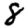
Digit: 8